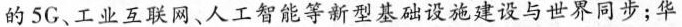
的5G、工业互联网、人工智能等新型基础设施建设与世界同步；华